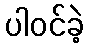
ပါဝင်ခဲ့